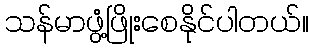
သန်မာဖွံ့ဖြိုးစေနိုင်ပါတယ်။